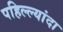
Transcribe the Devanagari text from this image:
पहिल्ल्यांदा